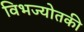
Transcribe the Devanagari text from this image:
विभज्योतकी